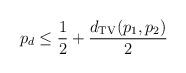
LaTeX: \begin{align*}p_d \leq \frac{1}{2} + \frac{d_{\rm TV} (p_1, p_2) }{2} \end{align*}